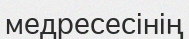
медресесінің